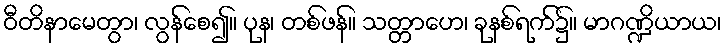
ဝီတိနာမေတွာ၊ လွန်စေ၍။ ပုန၊ တစ်ဖန်။ သတ္တာဟေ၊ ခုနစ်ရက်၌။ မာဂဏ္ဍိယာယ၊